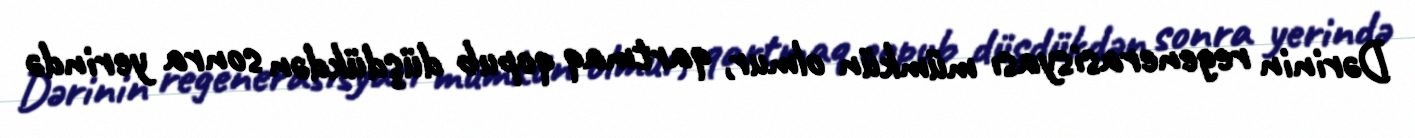
Dərinin regenerasisyası mümkün olmur, qartmaq qopub düşdükdən sonra yerində